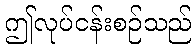
ဤလုပ်ငန်းစဉ်သည်